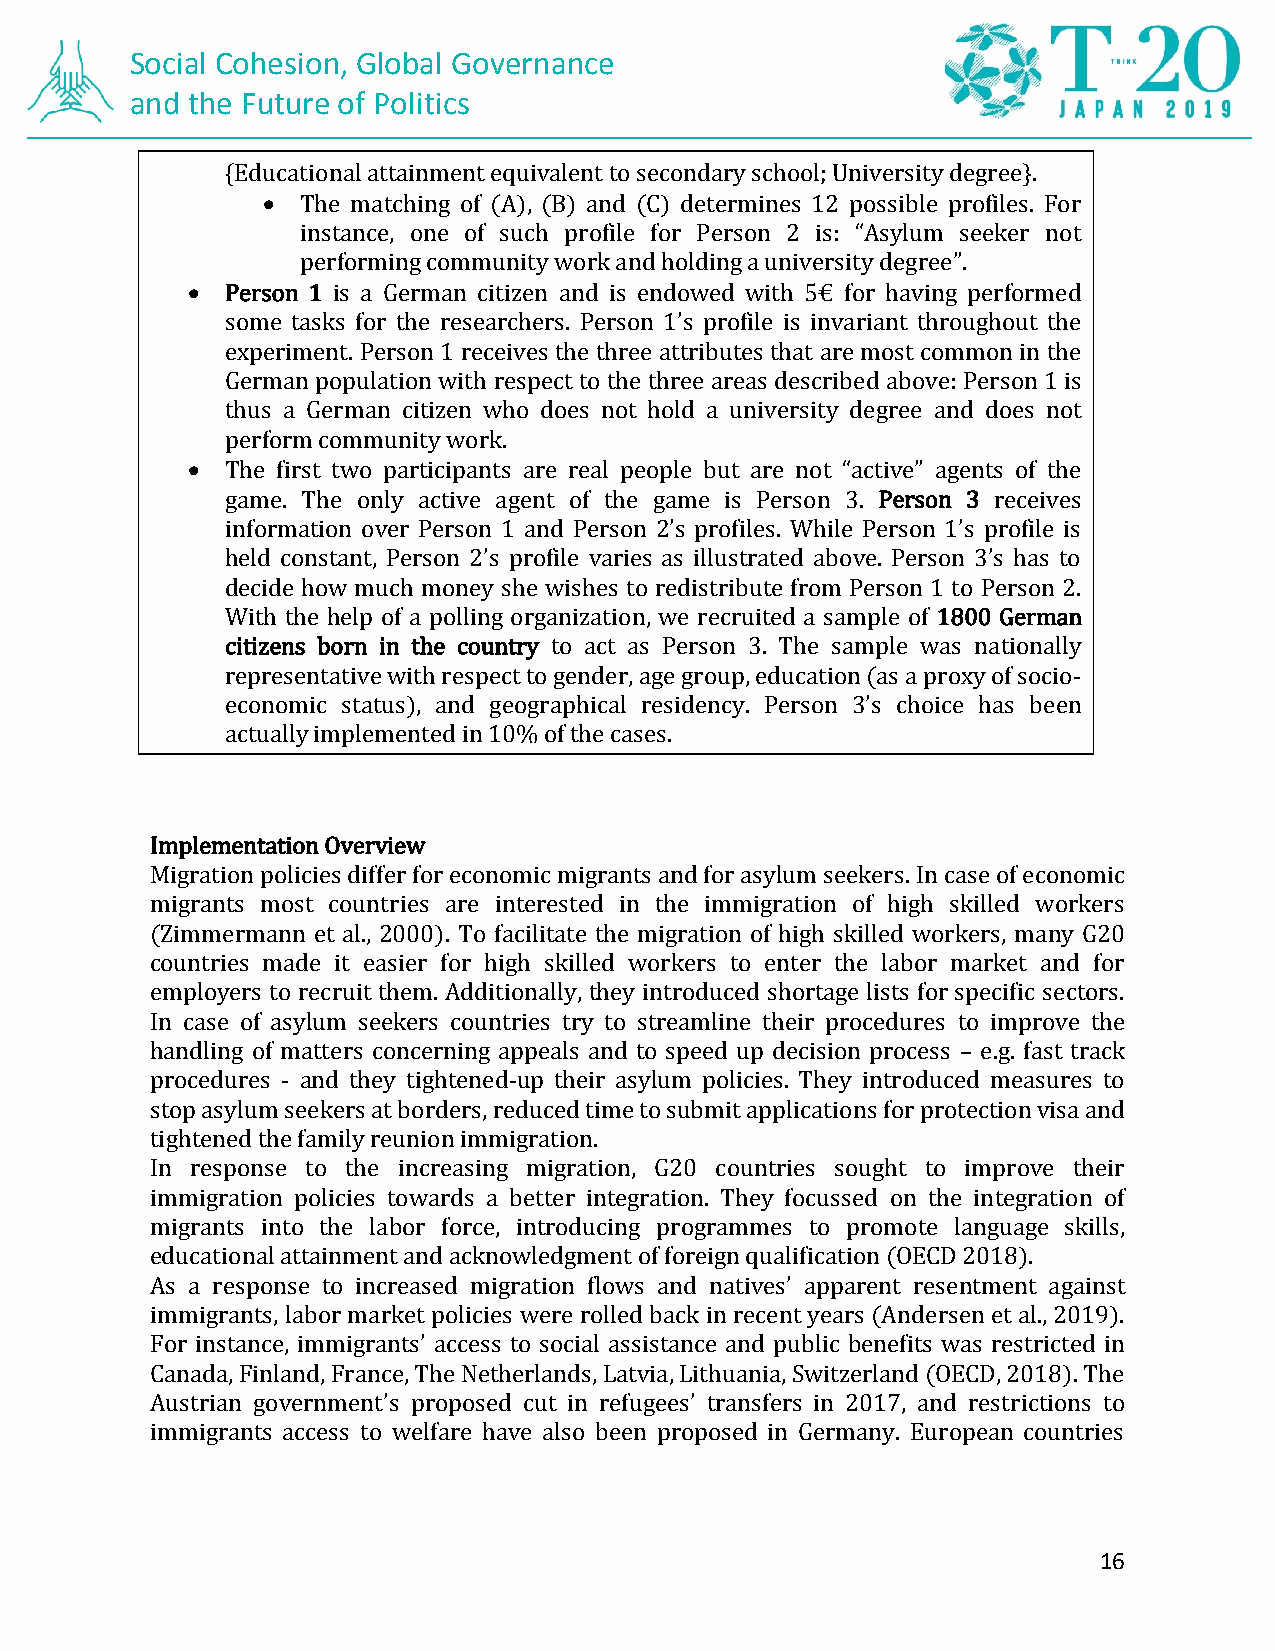
Social Cohesion, Global Governance
 and the Future of Politics
 {Educational attainment equivalent to secondary school; University degree}.
 •  The matching of (A), (B) and (C) determines 12 possible profiles. For
 instance, one of such profile for Person 2 is: “Asylum seeker not
 performing community work and holding a university degree”.
 •  Person 1 is a German citizen and is endowed with 5€ for having performed
 some tasks for the researchers. Person 1’s profile is invariant throughout the
 experiment. Person 1 receives the three attributes that are most common in the
 German population with respect to the three areas described above: Person 1 is
 thus a German citizen who does not hold a university degree and does not
 perform community work.
 •  The first two participants are real people but are not “active” agents of the
 game. The only active agent of the game is Person 3. Person 3 receives
 information over Person 1 and Person 2’s profiles. While Person 1’s profile is
 held constant, Person 2’s profile varies as illustrated above. Person 3’s has to
 decide how much money she wishes to redistribute from Person 1 to Person 2.
 With the help of a polling organization, we recruited a sample of 1800 German
 citizens born in the country to act as Person 3. The sample was nationally
 representative with respect to gender, age group, education (as a proxy of socio-
 economic status), and geographical residency. Person 3’s choice has been
 actually implemented in 10% of the cases.
 Implementation Overview
 Migration policies differ for economic migrants and for asylum seekers. In case of economic
 migrants most countries are interested in the immigration of high skilled workers
 (Zimmermann et al., 2000). To facilitate the migration of high skilled workers, many G20
 countries made it easier for high skilled workers to enter the labor market and for
 employers to recruit them. Additionally, they introduced shortage lists for specific sectors.
 In case of asylum seekers countries try to streamline their procedures to improve the
 handling of matters concerning appeals and to speed up decision process – e.g. fast track
 procedures - and they tightened-up their asylum policies. They introduced measures to
 stop asylum seekers at borders, reduced time to submit applications for protection visa and
 tightened the family reunion immigration.
 In response to the increasing migration, G20 countries sought to improve their
 immigration policies towards a better integration. They focussed on the integration of
 migrants into the labor force, introducing programmes to promote language skills,
 educational attainment and acknowledgment of foreign qualification (OECD 2018).
 As a response to increased migration flows and natives’ apparent resentment against
 immigrants, labor market policies were rolled back in recent years (Andersen et al., 2019).
 For instance, immigrants’ access to social assistance and public benefits was restricted in
 Canada, Finland, France, The Netherlands, Latvia, Lithuania, Switzerland (OECD, 2018). The
 Austrian government’s proposed cut in refugees’ transfers in 2017, and restrictions to
 immigrants access to welfare have also been proposed in Germany. European countries
 16